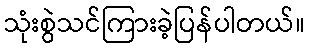
သုံးစွဲသင်ကြားခဲ့ပြန်ပါတယ်။